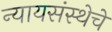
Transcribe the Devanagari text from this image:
न्यायसंस्थेचे